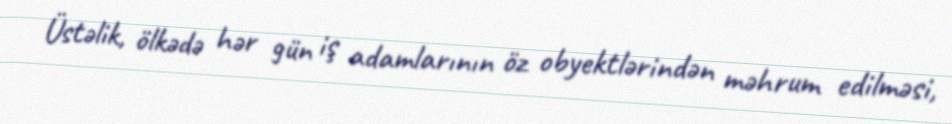
Üstəlik, ölkədə hər gün iş adamlarının öz obyektlərindən məhrum edilməsi,